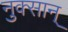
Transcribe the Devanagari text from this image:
नुक्सान्